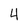
Character: 4